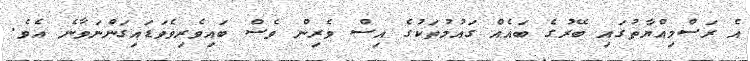
އެ ރަސްމިއްޔާތުގައި ބޭރުގެ ބައެއް ގައުމުތަކުގެ އިސް ވެރިން ވެސް ބައިވެރިވެވަޑައިގަންނަވާނެ އެވެ.